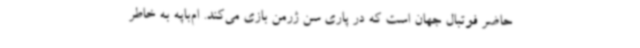
حاضر فوتبال جهان است که در پاری سن ژرمن بازی می‌کند. ام‌باپه به خاطر